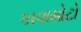
કાવામોટો